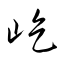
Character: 屹